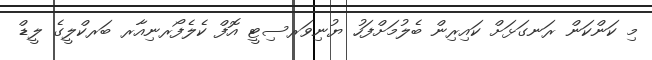
މި ކަންކަން ރަނގަޅަށް ކައިރިން ބެލުމަށްފަހު ޔުނިވަރސިޓީ އޮފް ކެލެފޯރނިއާރ ބަރކްލީގެ ލީޑް